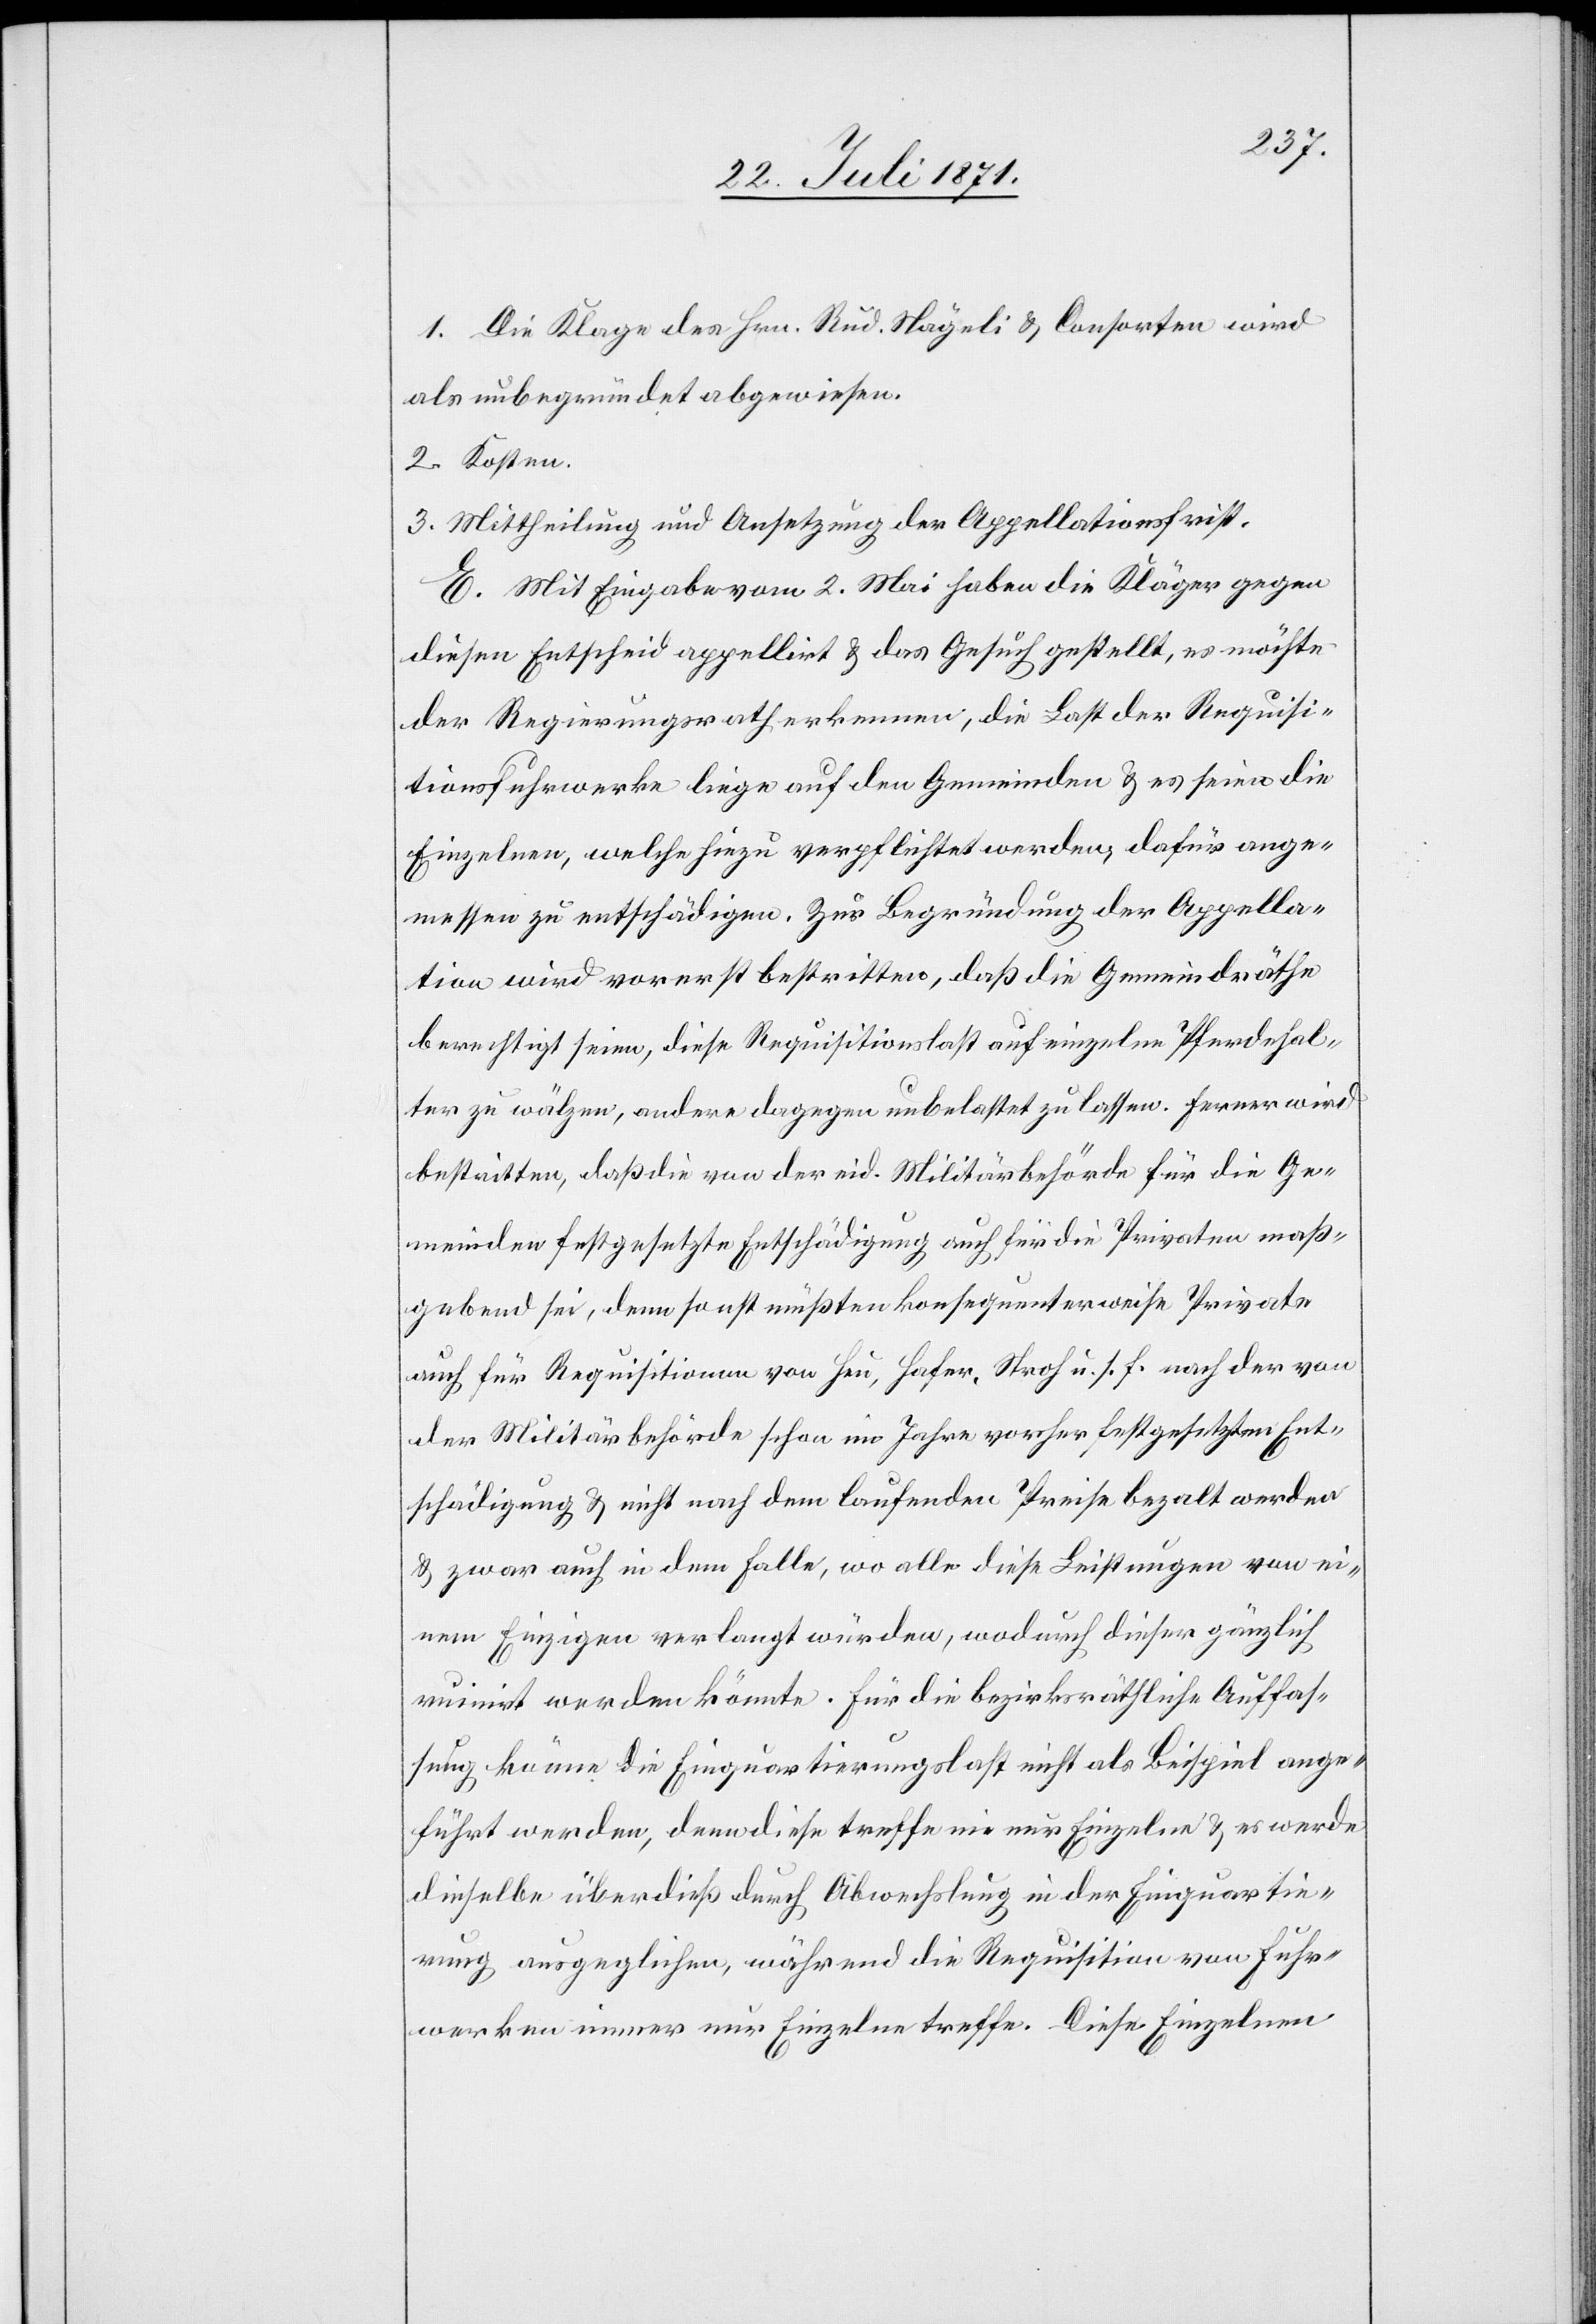
1. Die Klage des Hrn. Rud. Nägeli u. Consorten wird
als unbegründet abgewiesen.
2. Kosten.
3. Mittheilung und Ansetzung der Appellationsfrist.
E. Mit Eingabe vom 2. Mai haben die Kläger gegen
diesen Entscheid appellirt u. das Gesuch gestellt, es möchte
der Regierungsrath erkennen, die Last der Requisi¬
tionsfuhrwerke liege auf den Gemeinden u. es seien die
Einzelnen, welche hiezu verpflichtet werden, dafür ange¬
messen zu entschädigen. Zur Begründung der Appella¬
tion wird vorerst bestritten, daß die Gemeindräthe
berechtigt seien, diese Requisitionslast auf einzelne Pferdehal¬
ter zu wälzen, andere dagegen unbelastet zu lassen. Ferner wird
bestritten, daß die von der eid. Militärbehörde für die Ge¬
meinden festgesetzte Entschädigung auch für die Privaten maß¬
gebend sei, denn sonst müßten konsequenterweise Private
auch für Requisitionen von Heu, Hafer, Stroh u. s. f. nach der von
der Militärbehörde schon im Jahre vorher festgesetzten Ent¬
schädigung u. nicht nach dem laufenden Preise bezalt [sic!]
u. zwar auch in dem Falle, wo alle diese Leistungen von ei¬
nem Einzigen verlangt würden, wodurch dieser gänzlich
ruinirt werden könnte. Für die bezirksräthliche Auffas¬
sung könne die Einquartierungslast nicht als Beispiel ange¬
führt werden, denn diese treffe nie nur Einzelne u. es werde
dieselbe überdieß durch Abwechslung in der Einquartie¬
rung ausgeglichen, während die Requisition von Fuhr¬
werken immer nur Einzelne treffe. Diese Einzelnen